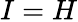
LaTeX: I=H